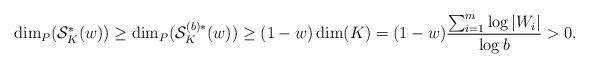
LaTeX: \begin{align*} \dim_P(\mathcal{S}_K^{\ast}(w))\geq \dim_P(\mathcal{S}_K^{(b)\ast}(w))\geq (1-w)\dim(K)=(1-w)\frac{\sum_{i=1}^{m} \log |W_i|}{\log b}>0. \end{align*}